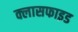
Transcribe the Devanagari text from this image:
क्लासफाइड